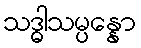
သဒ္ဓါသမ္ပန္နော